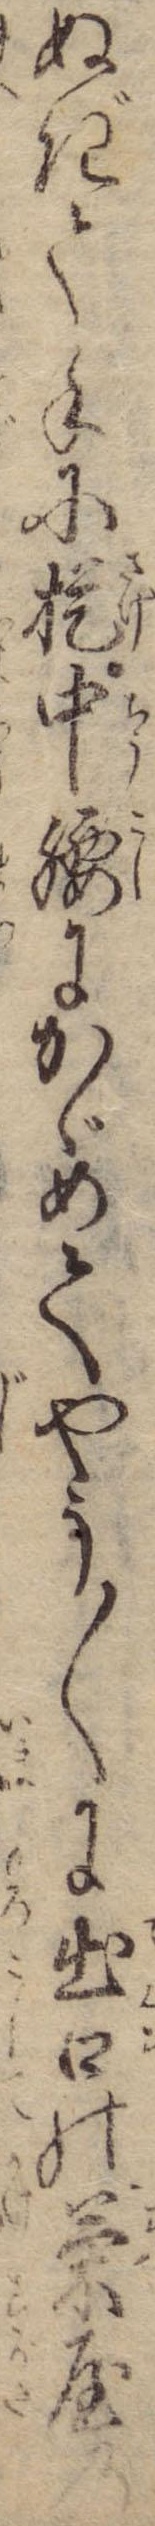
ぬぎて手に提中腰にかゞめてやう〱に出口の茶屋の